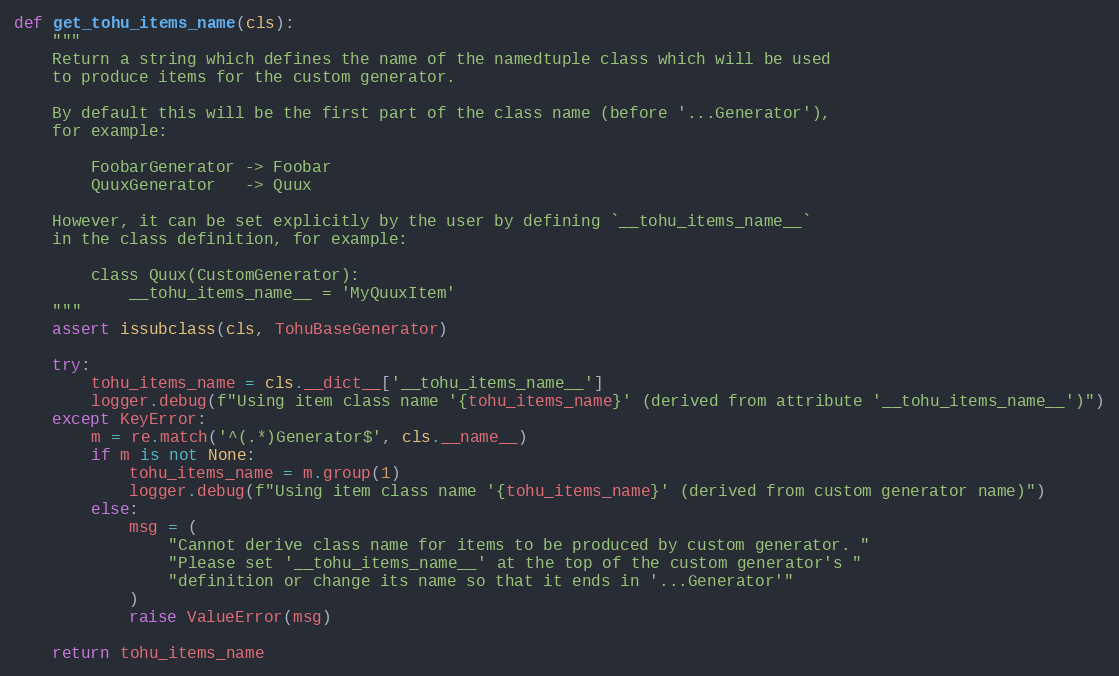
Language: Python
def get_tohu_items_name(cls):
    """
    Return a string which defines the name of the namedtuple class which will be used
    to produce items for the custom generator.

    By default this will be the first part of the class name (before '...Generator'),
    for example:

        FoobarGenerator -> Foobar
        QuuxGenerator   -> Quux

    However, it can be set explicitly by the user by defining `__tohu_items_name__`
    in the class definition, for example:

        class Quux(CustomGenerator):
            __tohu_items_name__ = 'MyQuuxItem'
    """
    assert issubclass(cls, TohuBaseGenerator)

    try:
        tohu_items_name = cls.__dict__['__tohu_items_name__']
        logger.debug(f"Using item class name '{tohu_items_name}' (derived from attribute '__tohu_items_name__')")
    except KeyError:
        m = re.match('^(.*)Generator$', cls.__name__)
        if m is not None:
            tohu_items_name = m.group(1)
            logger.debug(f"Using item class name '{tohu_items_name}' (derived from custom generator name)")
        else:
            msg = (
                "Cannot derive class name for items to be produced by custom generator. "
                "Please set '__tohu_items_name__' at the top of the custom generator's "
                "definition or change its name so that it ends in '...Generator'"
            )
            raise ValueError(msg)

    return tohu_items_name